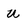
Character: u